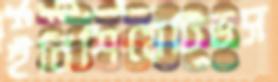
ইনিশিয়েটিভস